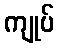
ကျုပ်